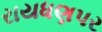
રાયધણપર